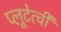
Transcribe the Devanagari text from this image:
प्लूटेत्ची